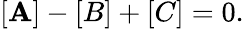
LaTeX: [\mathbf{A}]-[B]+[C]=0.